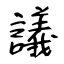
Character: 議